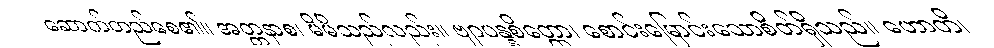
ဆောက်တည်စေ၏။ အတ္တနာစ၊ မိမိသည်လည်း။ ဗျာပန္နစိတ္တော၊ စောင်းမြောင်းသောစိတ်ရှိသည်။ ဟောတိ၊